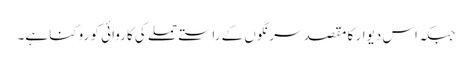
جبکہ اس دیوار کا مقصد سرنگوں کے راستے حملے کی کاروائی کو روکنا ہے۔